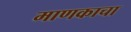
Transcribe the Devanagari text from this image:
माणकाचा